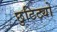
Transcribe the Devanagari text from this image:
छुटिट्यो